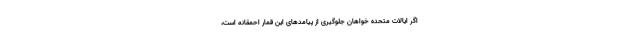
اگر ایالات متحده خواهان جلوگیری از پیامدهای این قمار احمقانه است،